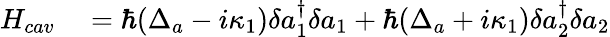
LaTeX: \begin{array}{rl}{H_{cav}}&{{}=\hbar(\Delta_{a}-i\kappa_{1})\delta a_{1}^{\dagger}\delta a_{1}+\hbar(\Delta_{a}+i\kappa_{1})\delta a_{2}^{\dagger}\delta a_{2}}\end{array}